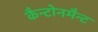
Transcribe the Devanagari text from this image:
कैन्टोनमैन्ट